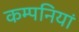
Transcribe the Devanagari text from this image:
कम्‍पनियां